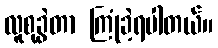
လူစုခွဲတာ ကြုံခဲ့ရပါတယ်။